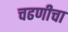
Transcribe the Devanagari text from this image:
चढणीचा